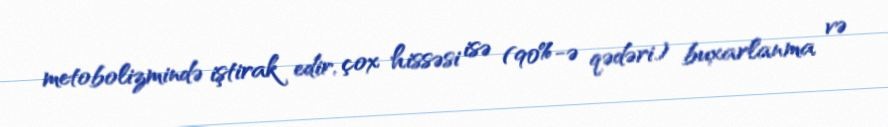
metobolizmində iştirak edir, çox hissəsi isə (90%-ə qədəri) buxarlanma və